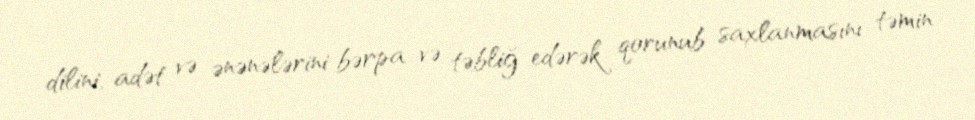
dilini, adət və ənənələrini bərpa və təbliğ edərək qorunub saxlanmasını təmin